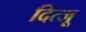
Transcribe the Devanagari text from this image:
दित्जू